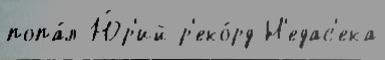
попа́л Ю́р'ий р'еко́рд Н'едас'ека